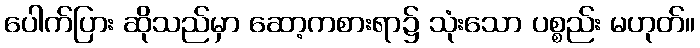
ပေါက်ပြား ဆိုသည်မှာ ဆော့ကစားရာ၌ သုံးသော ပစ္စည်း မဟုတ်။